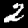
Digit: 2